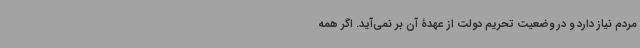
مردم نیاز دارد و در وضعیت تحریم دولت از عهدۀ آن بر نمی‌آید. اگر همه